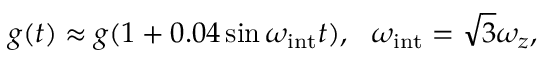
g ( t ) \approx g ( 1 + 0 . 0 4 \sin \omega _ { \mathrm { i n t } } t ) , \, \, \, \, \omega _ { \mathrm { i n t } } = \sqrt { 3 } \omega _ { z } ,